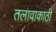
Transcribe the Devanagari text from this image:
तलावाकाठी